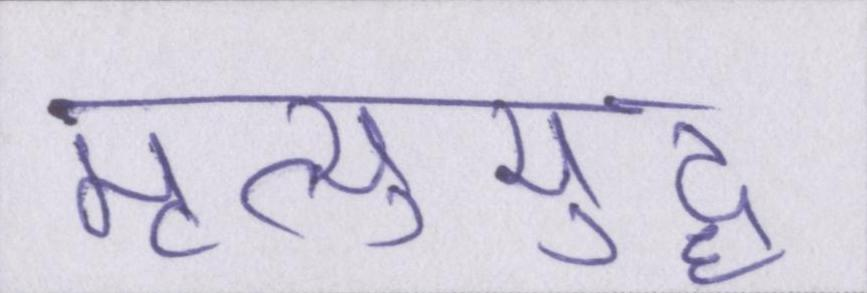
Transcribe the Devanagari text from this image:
मृत्युयुद्ध